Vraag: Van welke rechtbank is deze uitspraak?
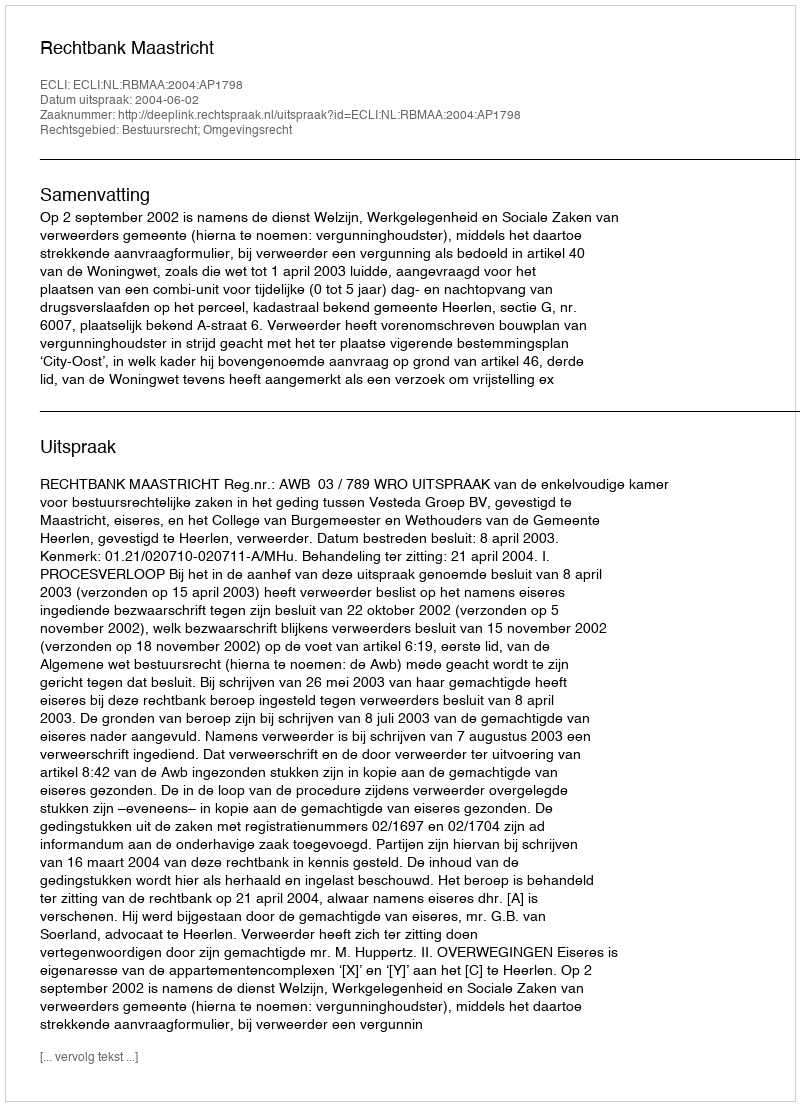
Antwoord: Rechtbank Maastricht